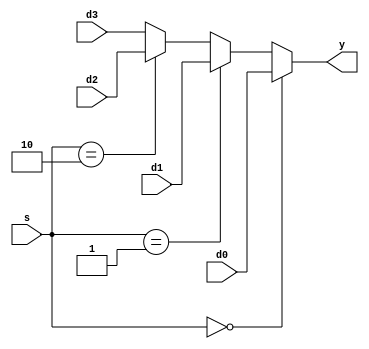
// 4:1 Multiplexer (if)

module P1_MUX_if_DUT(
    output  reg     y,
    input           d0,
    input           d1,
    input           d2,
    input           d3,
    input   [1:0]   s
);

    always @(*) begin
        if          (s == 2'b00) begin
            y = d0;
        end else if (s == 2'b01) begin
            y = d1;
        end else if (s == 2'b10) begin
            y = d2;
        //end else if (s == 2'b11) begin
        end else begin
            y = d3;
        end
    end

endmodule